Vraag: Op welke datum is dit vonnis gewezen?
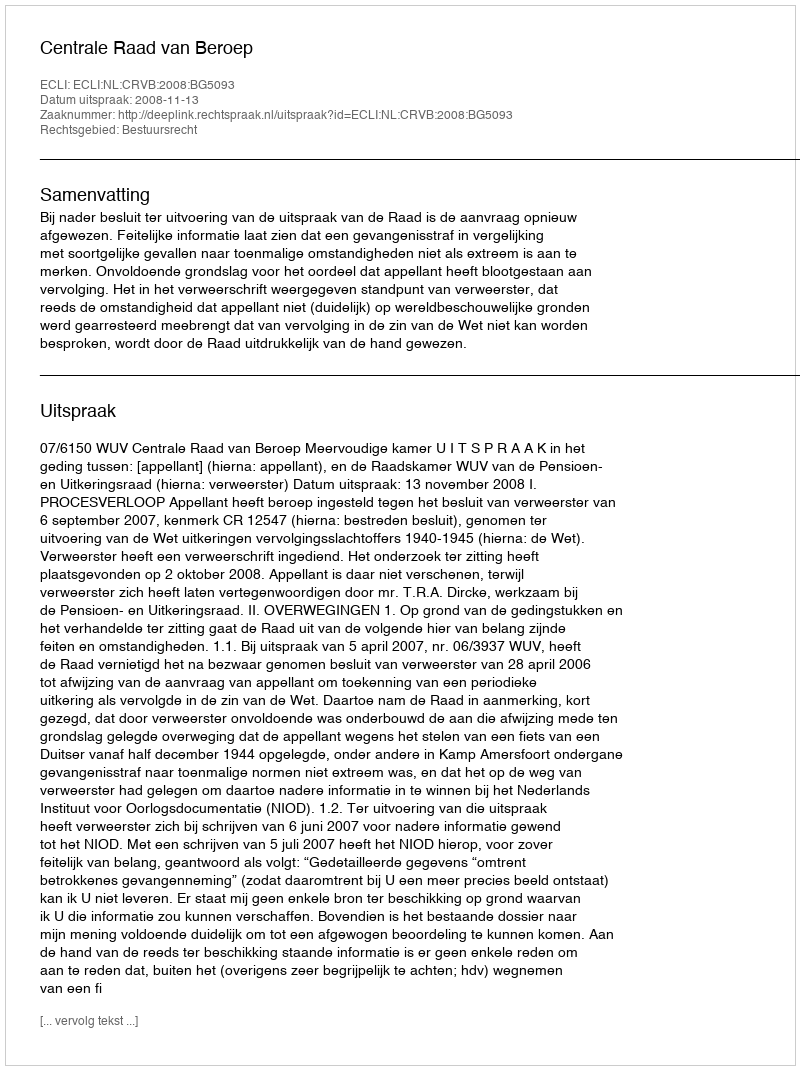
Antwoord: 2008-11-13